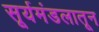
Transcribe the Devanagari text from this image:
सूर्यमंडलातून